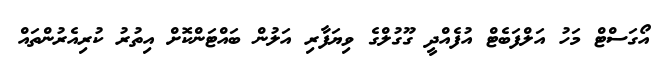
އޯގަސްޓް މަހު އަލްފަބެޓް އުފެއްދީ ގޫގުލްގެ ވިޔަފާރި އަލުން ބައްޓަންކޮށް އިތުރު ކުރިއެރުންތައް